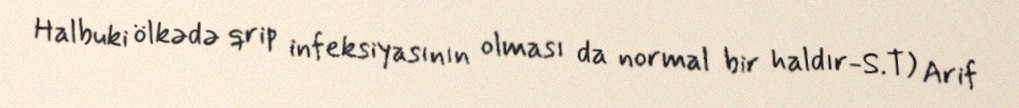
Halbuki ölkədə qrip infeksiyasının olması da normal bir haldır-S.T) Arif